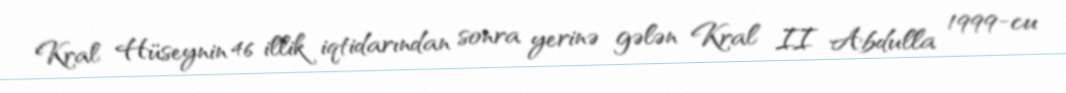
Kral Hüseynin 46 illik iqtidarından sonra yerinə gələn Kral II Abdulla 1999-cu